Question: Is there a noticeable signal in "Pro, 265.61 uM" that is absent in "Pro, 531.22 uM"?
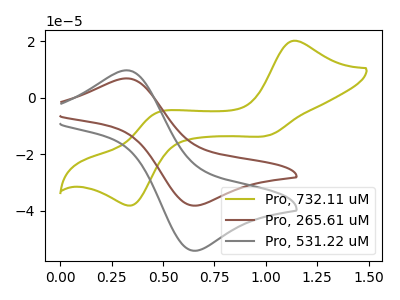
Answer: <think>The olive curve "Pro, 732.11 uM" has anodic peaks at (1.15V, 20.10uA) (0.45V, -5.35uA) and cathodic peaks at (1.00V, -13.30uA) (0.35V, -37.85uA). The brown curve "Pro, 265.61 uM" has an anodic peak at (0.30V, 6.80uA) and a cathodic peak at (0.65V, -38.10uA). The gray curve "Pro, 531.22 uM" has an anodic peak at (0.30V, 9.65uA) and a cathodic peak at (0.65V, -54.05uA).
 All the peaks in "Pro, 265.61 uM" have a peak in "Pro, 531.22 uM" at the same potential. Every peak in "Pro, 265.61 uM" is lower than every peak in "Pro, 531.22 uM".</think>
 <answer>No, "Pro, 265.61 uM" and "Pro, 531.22 uM" don't appear to be significantly different in shape</answer>
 <eval>no_change</eval>